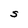
Character: S